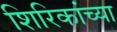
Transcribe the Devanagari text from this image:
शिरिकांच्या